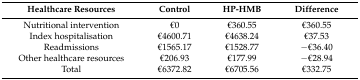
<table><thead><tr><td><b>Healthcare Resources</b></td><td><b>Control</b></td><td><b>HP-HMB</b></td><td><b>Difference</b></td></tr></thead><tbody><tr><td>Nutritional intervention</td><td>€0</td><td>€360.55</td><td>€360.55</td></tr><tr><td>Index hospitalisation</td><td>€4600.71</td><td>€4638.24</td><td>€37.53</td></tr><tr><td>Readmissions</td><td>€1565.17</td><td>€1528.77</td><td>−€36.40</td></tr><tr><td>Other healthcare resources</td><td>€206.93</td><td>€177.99</td><td>−€28.94</td></tr><tr><td>Total</td><td>€6372.82</td><td>€6705.56</td><td>€332.75</td></tr></tbody></table>